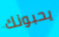
يحبونك